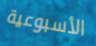
الأسبوعية